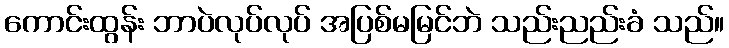
ကောင်းထွန်း ဘာပဲလုပ်လုပ် အပြစ်မမြင်ဘဲ သည်းညည်းခံ သည်။